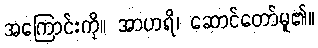
အကြောင်းကို။ အာဟရိ၊ ဆောင်တော်မူ၏။